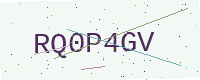
Text: RQ0P4GV